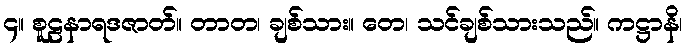
၄။ စူဠနာရဒဇာတ်။ တာတ၊ ချစ်သား။ တေ၊ သင်ချစ်သားသည်။ ကဋ္ဌာနိ၊